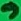
Text: 9